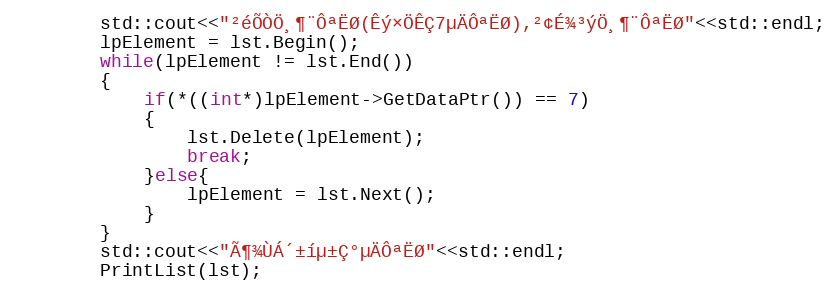
Language: C++
        std::cout<<"²éÕÒÖ¸¶¨ÔªËØ(Êý×ÖÊÇ7µÄÔªËØ),²¢É¾³ýÖ¸¶¨ÔªËØ"<<std::endl;
        lpElement = lst.Begin();
        while(lpElement != lst.End())
        {
            if(*((int*)lpElement->GetDataPtr()) == 7)
            {
                lst.Delete(lpElement);
                break;
            }else{
                lpElement = lst.Next();
            }
        }
        std::cout<<"Ã¶¾ÙÁ´±íµ±Ç°µÄÔªËØ"<<std::endl;
        PrintList(lst);